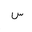
Letter: _sin